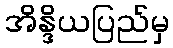
အိန္ဒိယပြည်မှ